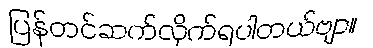
ပြန်တင်ဆက်လိုက်ရပါတယ်ဗျာ။